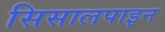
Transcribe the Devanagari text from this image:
सिसालपाइन